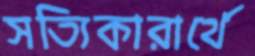
সত্যিকারার্থে